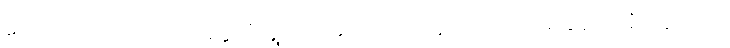
သော်လည်းကောင်း။ ဥဒ္ဒေသံ၊ ရွက်ပြအပ်သောဝါဠိကို။ ဒဿာမိ၊ ချပေးအံ့။ ဣတိ ဝါ၊